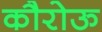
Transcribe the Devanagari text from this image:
कौरोऊ